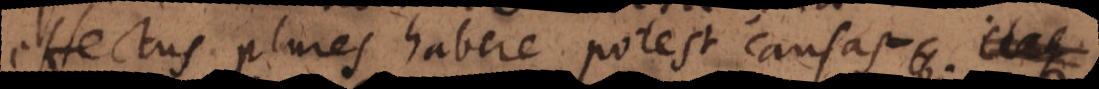
effectus plures habere potest causas. Itaque